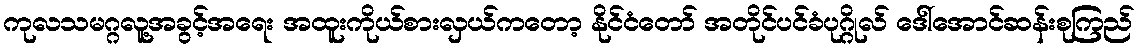
ကုလသမဂ္ဂလူ့အခွင့်အရေး အထူးကိုယ်စားလှယ်ကတော့ နိုင်ငံတော် အတိုင်ပင်ခံပုဂ္ဂိုလ် ဒေါ်အောင်ဆန်းစုကြည်